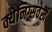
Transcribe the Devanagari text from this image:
क्येनिग्सवेर्ख